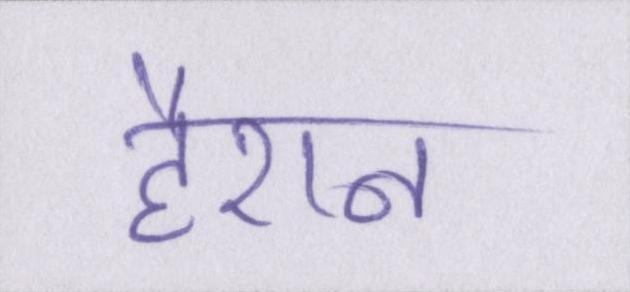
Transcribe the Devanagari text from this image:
हैरान